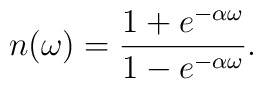
n(\omega) = {{1 + e^{-\alpha\omega}}\over{1-e^{-\alpha\omega}}}.